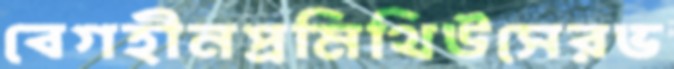
বেগহীনপ্রমিথিউসেরভ